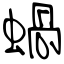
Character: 蝸